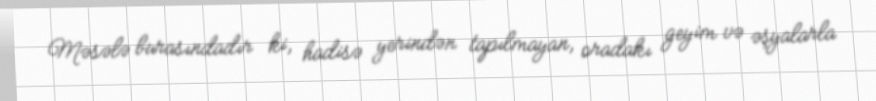
Məsələ burasındadır ki, hadisə yerindən tapılmayan, oradakı geyim və əşyalarla